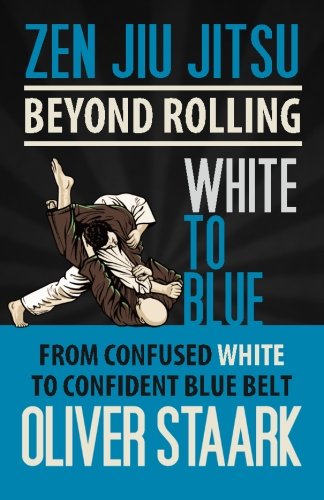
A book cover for Zen Jiu Jitsu - White to Blue; Mr Oliver Staark; Sports & Outdoors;